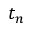
t _ { n }